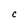
Character: c